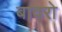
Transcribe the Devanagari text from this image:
बावरो